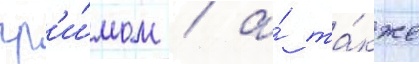
гр'и́мом / а́ та́кже